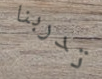
تدربنا